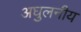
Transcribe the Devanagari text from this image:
अघुलनीय